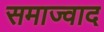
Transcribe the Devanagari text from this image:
समाज्वाद